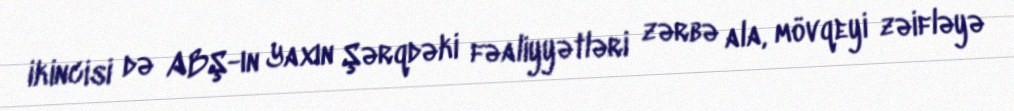
ikincisi də ABŞ-ın Yaxın Şərqdəki fəaliyyətləri zərbə ala, mövqeyi zəifləyə